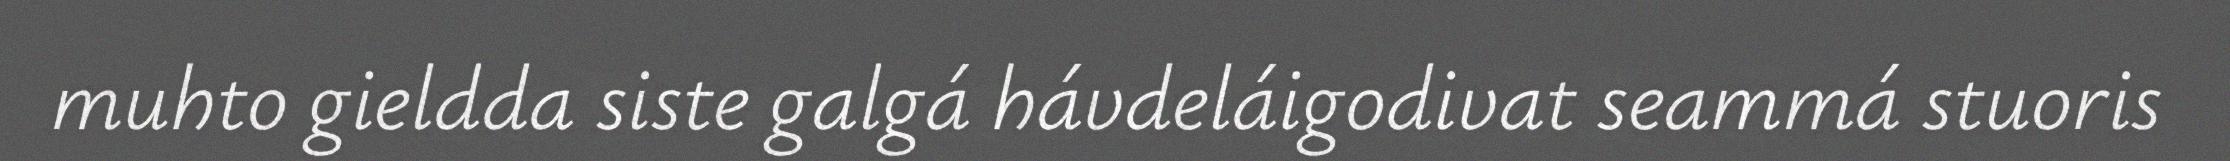
muhto gieldda siste galgá hávdeláigodivat seammá stuoris